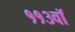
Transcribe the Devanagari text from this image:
११३वॉ